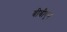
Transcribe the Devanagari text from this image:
बीबीएन